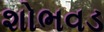
શોભવડ